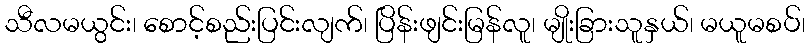
သီလမယွင်း၊ စောင့်စည်းပြင်းလျက်၊ ပြိန်းဖျင်းမြန်လူ၊ မျိုးခြားသူနှယ်၊ မယူမစပ်၊